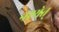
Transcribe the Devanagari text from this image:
नश्येत्